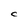
Character: C